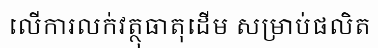
លើការលក់វត្ថុធាតុដើម សម្រាប់ផលិត